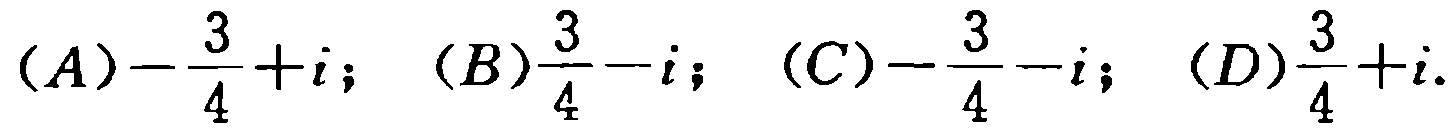
$(A)-\frac{3}{4}+i;\ (B)\frac{3}{4}-i;\ (C)-\frac{3}{4}-i;\ (D)\frac{3}{4}+i.$